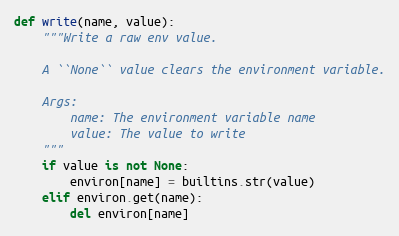
Language: Python
def write(name, value):
    """Write a raw env value.

    A ``None`` value clears the environment variable.

    Args:
        name: The environment variable name
        value: The value to write
    """
    if value is not None:
        environ[name] = builtins.str(value)
    elif environ.get(name):
        del environ[name]